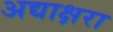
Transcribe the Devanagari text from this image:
अद्याक्षरा